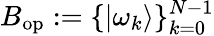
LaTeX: B_{\mathrm{op}}:=\{ |\omega_{k}\rangle\} _{k=0}^{N-1}